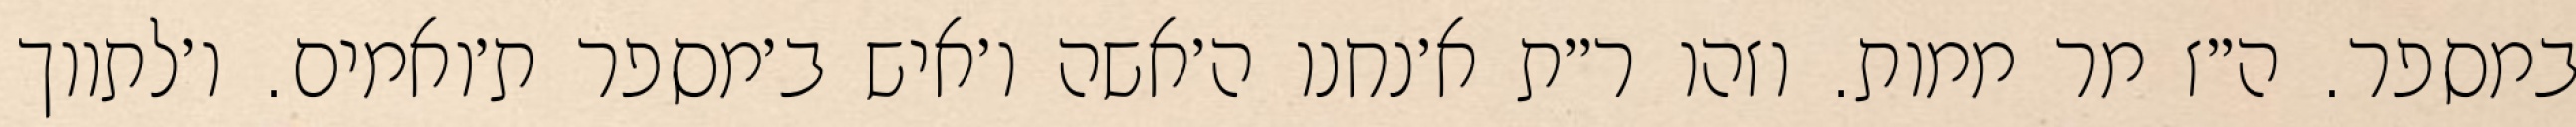
במספר. ה״ז מר ממות. וזהו ר״ת א׳נחנו ה׳אשה ו׳איש ב׳מספר ת׳ואמים. ו׳לתווך